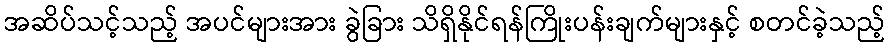
အဆိပ်သင့်သည့် အပင်များအား ခွဲခြား သိရှိနိုင်ရန်ကြိုးပန်းချက်များနှင့် စတင်ခဲ့သည့်